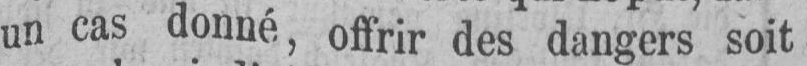
un cas donné, offrir des dangers soit